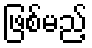
ဖြစ်မည့်